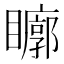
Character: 𱳒